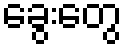
ခွေးတွေ